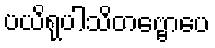
ပယိရုပါသိတဗ္ဗောပေ